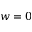
w = 0